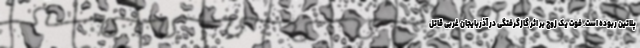
پلاتین ربوده است. فوت یک زوج بر اثر گازگرفتگی در آذربایجان غربی قاتل